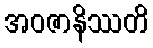
အဝဇာနိဿတိ